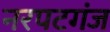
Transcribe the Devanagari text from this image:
नरपटगंज